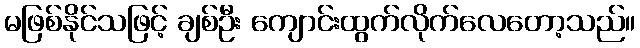
မဖြစ်နိုင်သဖြင့် ချစ်ဦး ကျောင်းထွက်လိုက်လေတော့သည်။